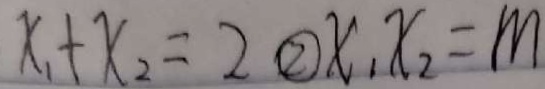
x _ { 1 } + x _ { 2 } = 2 \textcircled { 2 } x _ { 1 } x _ { 2 } = m